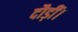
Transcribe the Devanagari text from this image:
दौड़ीं।